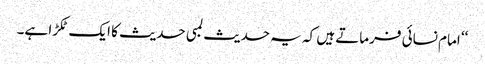
‘‘ امام نسائی فرماتے ہیں کہ یہ حدیث لمبی حدیث کا ایک ٹکڑا ہے۔